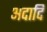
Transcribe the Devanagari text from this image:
अदादि